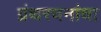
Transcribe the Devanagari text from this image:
ग्रंथरचनांचा